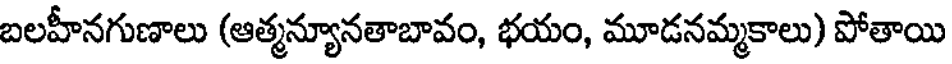
బలహీనగుణాలు (ఆత్మన్యూనతాబావం, భయం, మూడనమ్మకాలు) పోతాయి